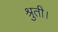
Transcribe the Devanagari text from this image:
श्रुती।